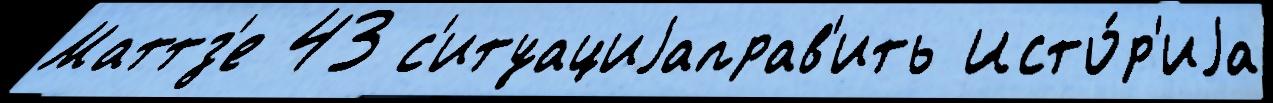
Маттз'е 43 с'итуациjаправ'ить Исто́р'иjа